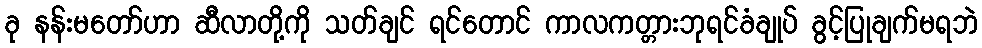
ခု နန်းမတော်ဟာ ဆီလာတို့ကို သတ်ချင် ရင်တောင် ကာလကတ္တားဘုရင်ခံချုပ် ခွင့်ပြုချက်မရဘဲ